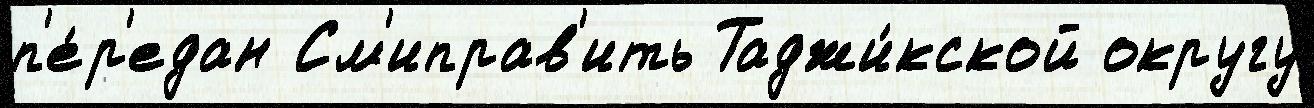
п'е́р'едан См'иправ'ить Таджи́кской округу